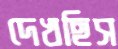
দেখছিস